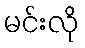
မင်းလို